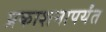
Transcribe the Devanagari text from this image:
प्रकाशनापर्यंत